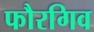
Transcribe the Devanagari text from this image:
फौरगिव